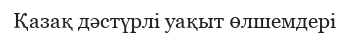
Қазақ дәстүрлі уақыт өлшемдері